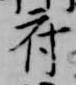
府